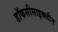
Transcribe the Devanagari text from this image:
डॉकसीसाइक्लीन